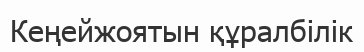
Кеңейжоятын құралбілік